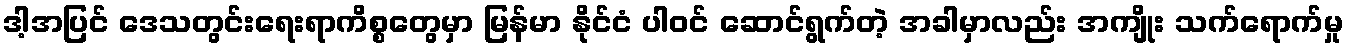
ဒါ့အပြင် ဒေသတွင်းရေးရာကိစ္စတွေမှာ မြန်မာ နိုင်ငံ ပါဝင် ဆောင်ရွက်တဲ့ အခါမှာလည်း အကျိုး သက်ရောက်မှု